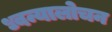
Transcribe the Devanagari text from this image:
ध्वन्यालोचन